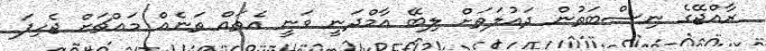
ރާއްޖޭގެ ނިސްބަތުން ދައުލަތަށް ލިބޭ އާމްދަނީ ވަނީ އެތައް ތަނެއް މައްޗަށް ޖެހިފަ